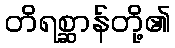
တိရစ္ဆာန်တို့၏